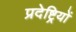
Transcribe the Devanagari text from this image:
प्रदेष्ट्रियों